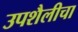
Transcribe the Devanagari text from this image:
उपशैलीचा